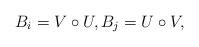
LaTeX: \begin{align*}B_i=V\circ U,B_j=U\circ V, \end{align*}